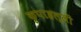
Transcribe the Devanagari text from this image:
कृपाहल्ली